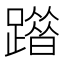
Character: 𨅦